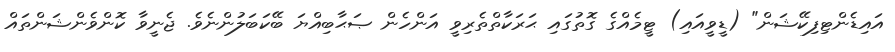
އައިޑެންޓިފިކޭޝަން" (ޑީވީއައި) ޓީމެއްގެ ގޮތުގައި ޙަރަކާތްތެރިވީ އަންހެން ޞަޙާބިއްޔަ ބޭކަބަލުންނެވެ. ޖެނީވާ ކޮންވެންޝަންތައް